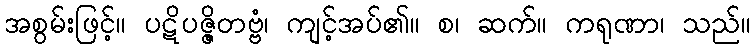
အစွမ်းဖြင့်။ ပဋိပဇ္ဇိတဗ္ဗံ၊ ကျင့်အပ်၏။ စ၊ ဆက်။ ကရုဏာ၊ သည်။